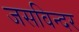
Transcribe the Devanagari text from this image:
जसविन्दर